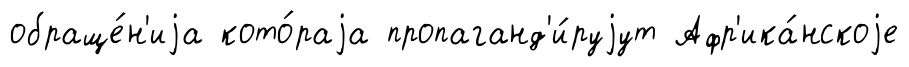
обраще́н'иjа кото́раjа пропаганд'и́руjут Афр'ика́нскоjе